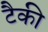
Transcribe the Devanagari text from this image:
टैकी